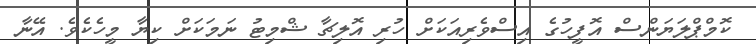
ކޮމްޕްލަޔަންސް އޮފީހުގެ އިސްވެރިއަކަށް ހުރި އޮލިޗާ ޝްމިޓު ނަމަކަށް ކިޔާ މީހެކެވެ. އޭނާ